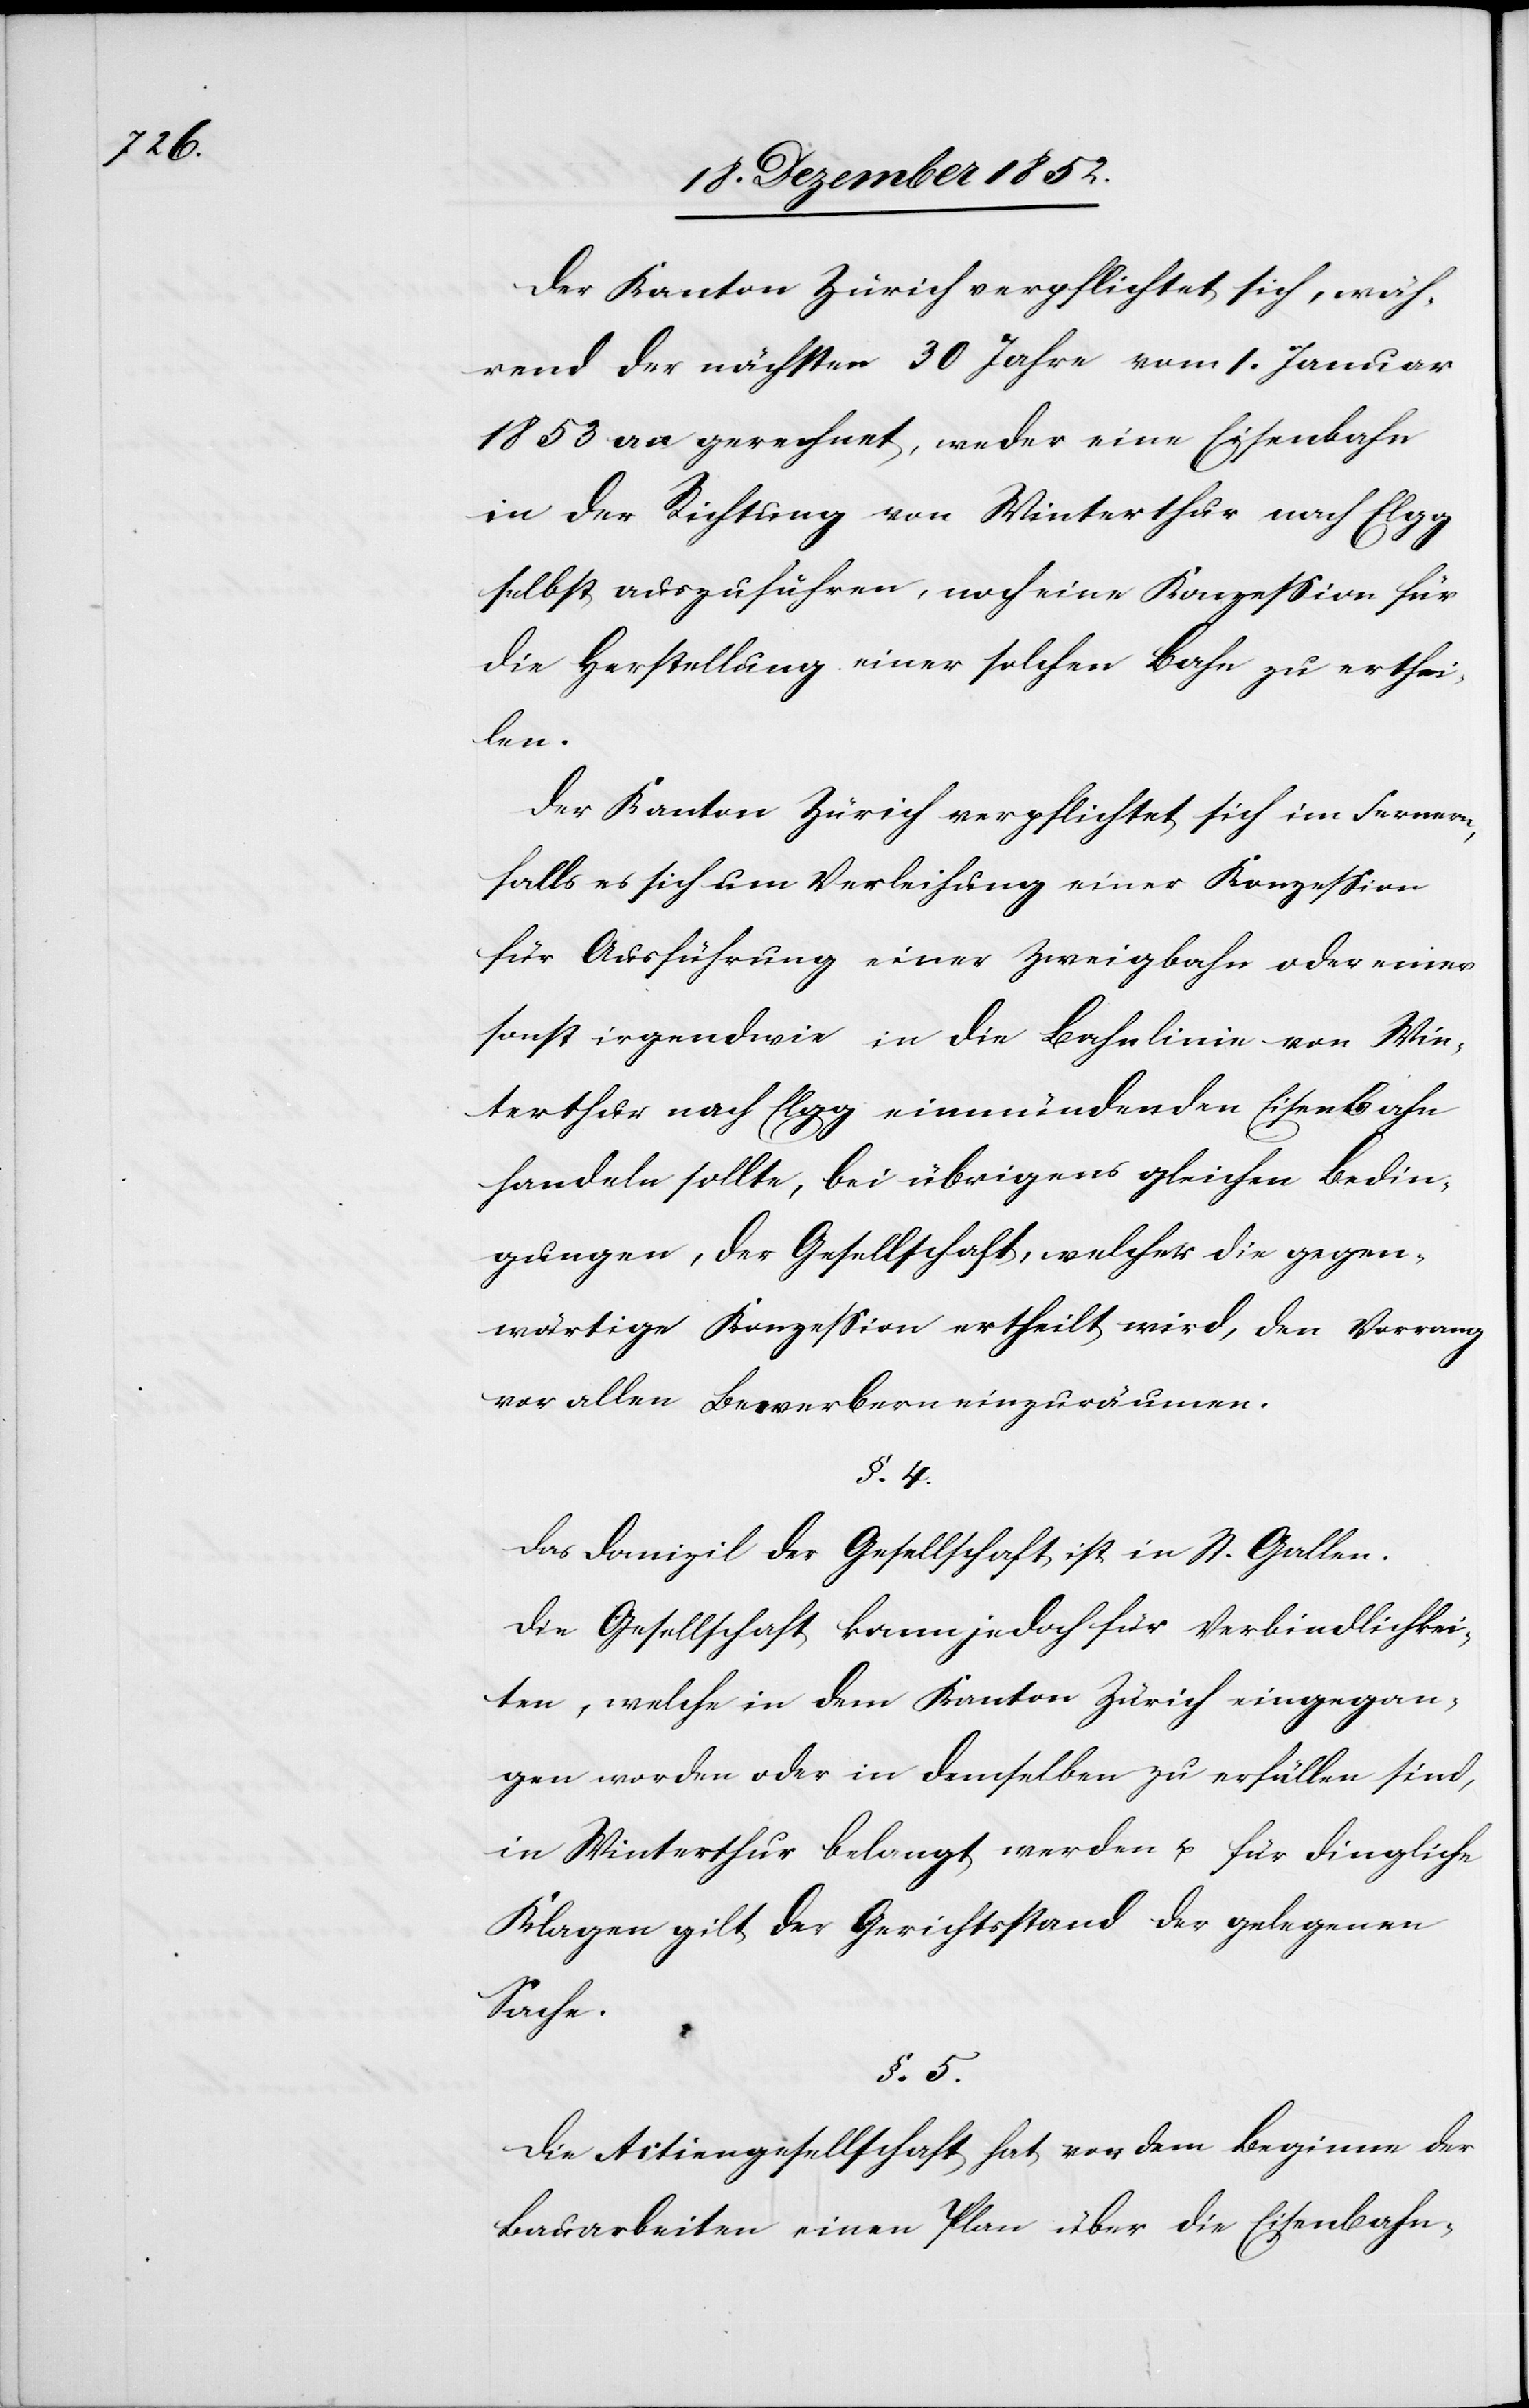
Der Kanton Zürich verpflichtet sich, wäh¬
rend der nächsten 30 Jahre vom 1. Januar
1853 an gerechnet, weder eine Eisenbahn
in der Richtung von Winterthur nach Elgg
selbst auszuführen, noch eine Konzession für
die Herstellung einer solchen Bahn zu erthei¬
len.
Der Kanton Zürich verpflichtet sich im Fernern,
falls es sich um Verleihung einer Konzession
für Ausführung einer Zweigbahn oder einer
sonst irgendwie in die Bahnlinie von Win¬
terthur nach Elgg einmündenden Eisenbahn
handeln sollte, bei übrigens gleichen Bedin¬
gungen, der Gesellschaft, welcher die gegen¬
wärtige Konzession ertheilt wird, den Vorrang
vor allen Bewerbern einzuräumen.
§. 4.
Das Domizil der Gesellschaft ist in St. Gallen.
Die Gesellschaft kann jedoch für Verbindlichkei¬
ten, welche in dem Kanton Zürich eingegan¬
gen worden oder in demselben zu erfüllen sind,
in Winterthur belangt werden u. für dingliche
Klagen gilt der Gerichtsstand der gelegenen
Sache.
§. 5.
Die Actiengesellschaft hat vor dem Beginne der
Bauarbeiten einen Plan über die Eisenbahn-